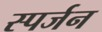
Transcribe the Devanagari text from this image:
स्पर्जन